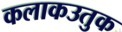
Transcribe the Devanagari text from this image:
कलाकउतुक